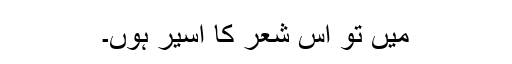
میں تو اس شعر کا اسیر ہوں۔